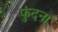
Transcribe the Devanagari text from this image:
फुंदना